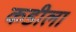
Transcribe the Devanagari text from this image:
कडीला